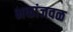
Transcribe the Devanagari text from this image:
भक्तांजवळ